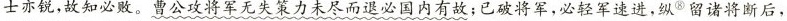
士亦锐，故知必败。曹公攻将军无失策力未尽而退必国内有故；已破将军，必轻军速进，纵^{⑧}留诸将断后，